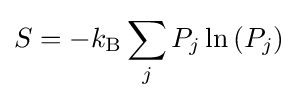
S=-k_{\mathrm {B} }\sum _{j}P_{j}\ln \left(P_{j}\right)